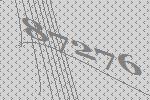
87276